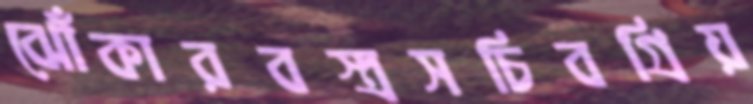
ঝোঁকারবস্ত্রসচিবগ্রিয়